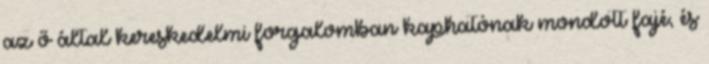
az ő által kereskedelmi forgalomban kaphatónak mondott fajé, és